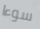
سوءا